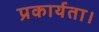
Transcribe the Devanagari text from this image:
प्रकार्यता।